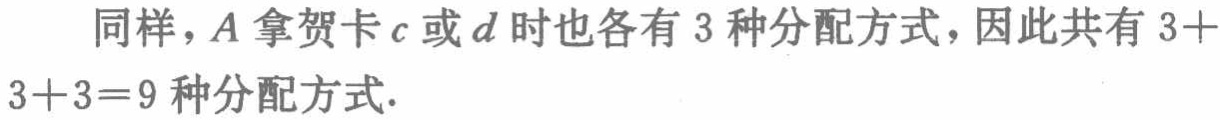
同样，\(A\)拿贺卡\(c\)或\(d\)时也各有\(3\)种分配方式，因此共有\(3 + 3 + 3 = 9\)种分配方式.